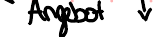
Angebot